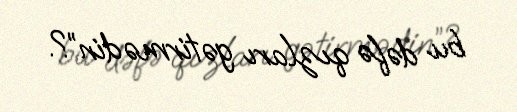
bu dəfə qızları gətirmədin”?.